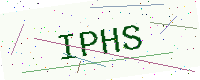
Text: IPHS